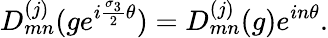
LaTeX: D_{mn}^{(j)}(ge^{i{\frac{{\sigma}_{3}}{2}}{\theta}})=D_{mn}^{(j)}(g)e^{in{\theta}}.